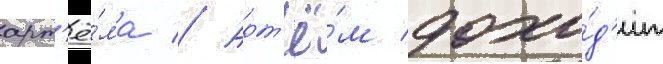
арт'ё́ма // Арт'ё́м дохо́д'ит